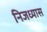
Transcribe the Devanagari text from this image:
निजध्यास